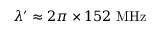
\lambda ^ { \prime } \approx 2 \pi \times 1 5 2 ~ \mathrm { M H z }